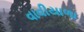
વાવીયાળા